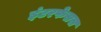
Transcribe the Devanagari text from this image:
इंटरफेसस